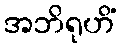
အဘိရုဟိံ